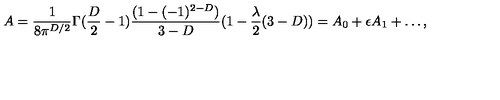
A = \frac { 1 } { 8 \pi ^ { D / 2 } } \Gamma ( \frac { D } { 2 } - 1 ) \frac { ( 1 - ( - 1 ) ^ { 2 - D } ) } { 3 - D } ( 1 - \frac { \lambda } { 2 } ( 3 - D ) ) = A _ { 0 } + \epsilon A _ { 1 } + \ldots ,